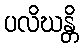
ပလိဃန္တိ